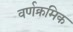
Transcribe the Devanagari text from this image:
वर्णक्रमिक